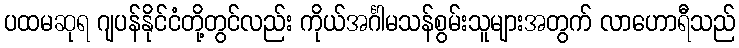
ပထမဆုရ ဂျပန်နိုင်ငံတို့တွင်လည်း ကိုယ်အင်္ဂါမသန်စွမ်းသူများအတွက် လာဟောရီသည်